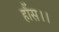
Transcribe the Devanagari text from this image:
हौंस।।